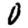
Digit: 0